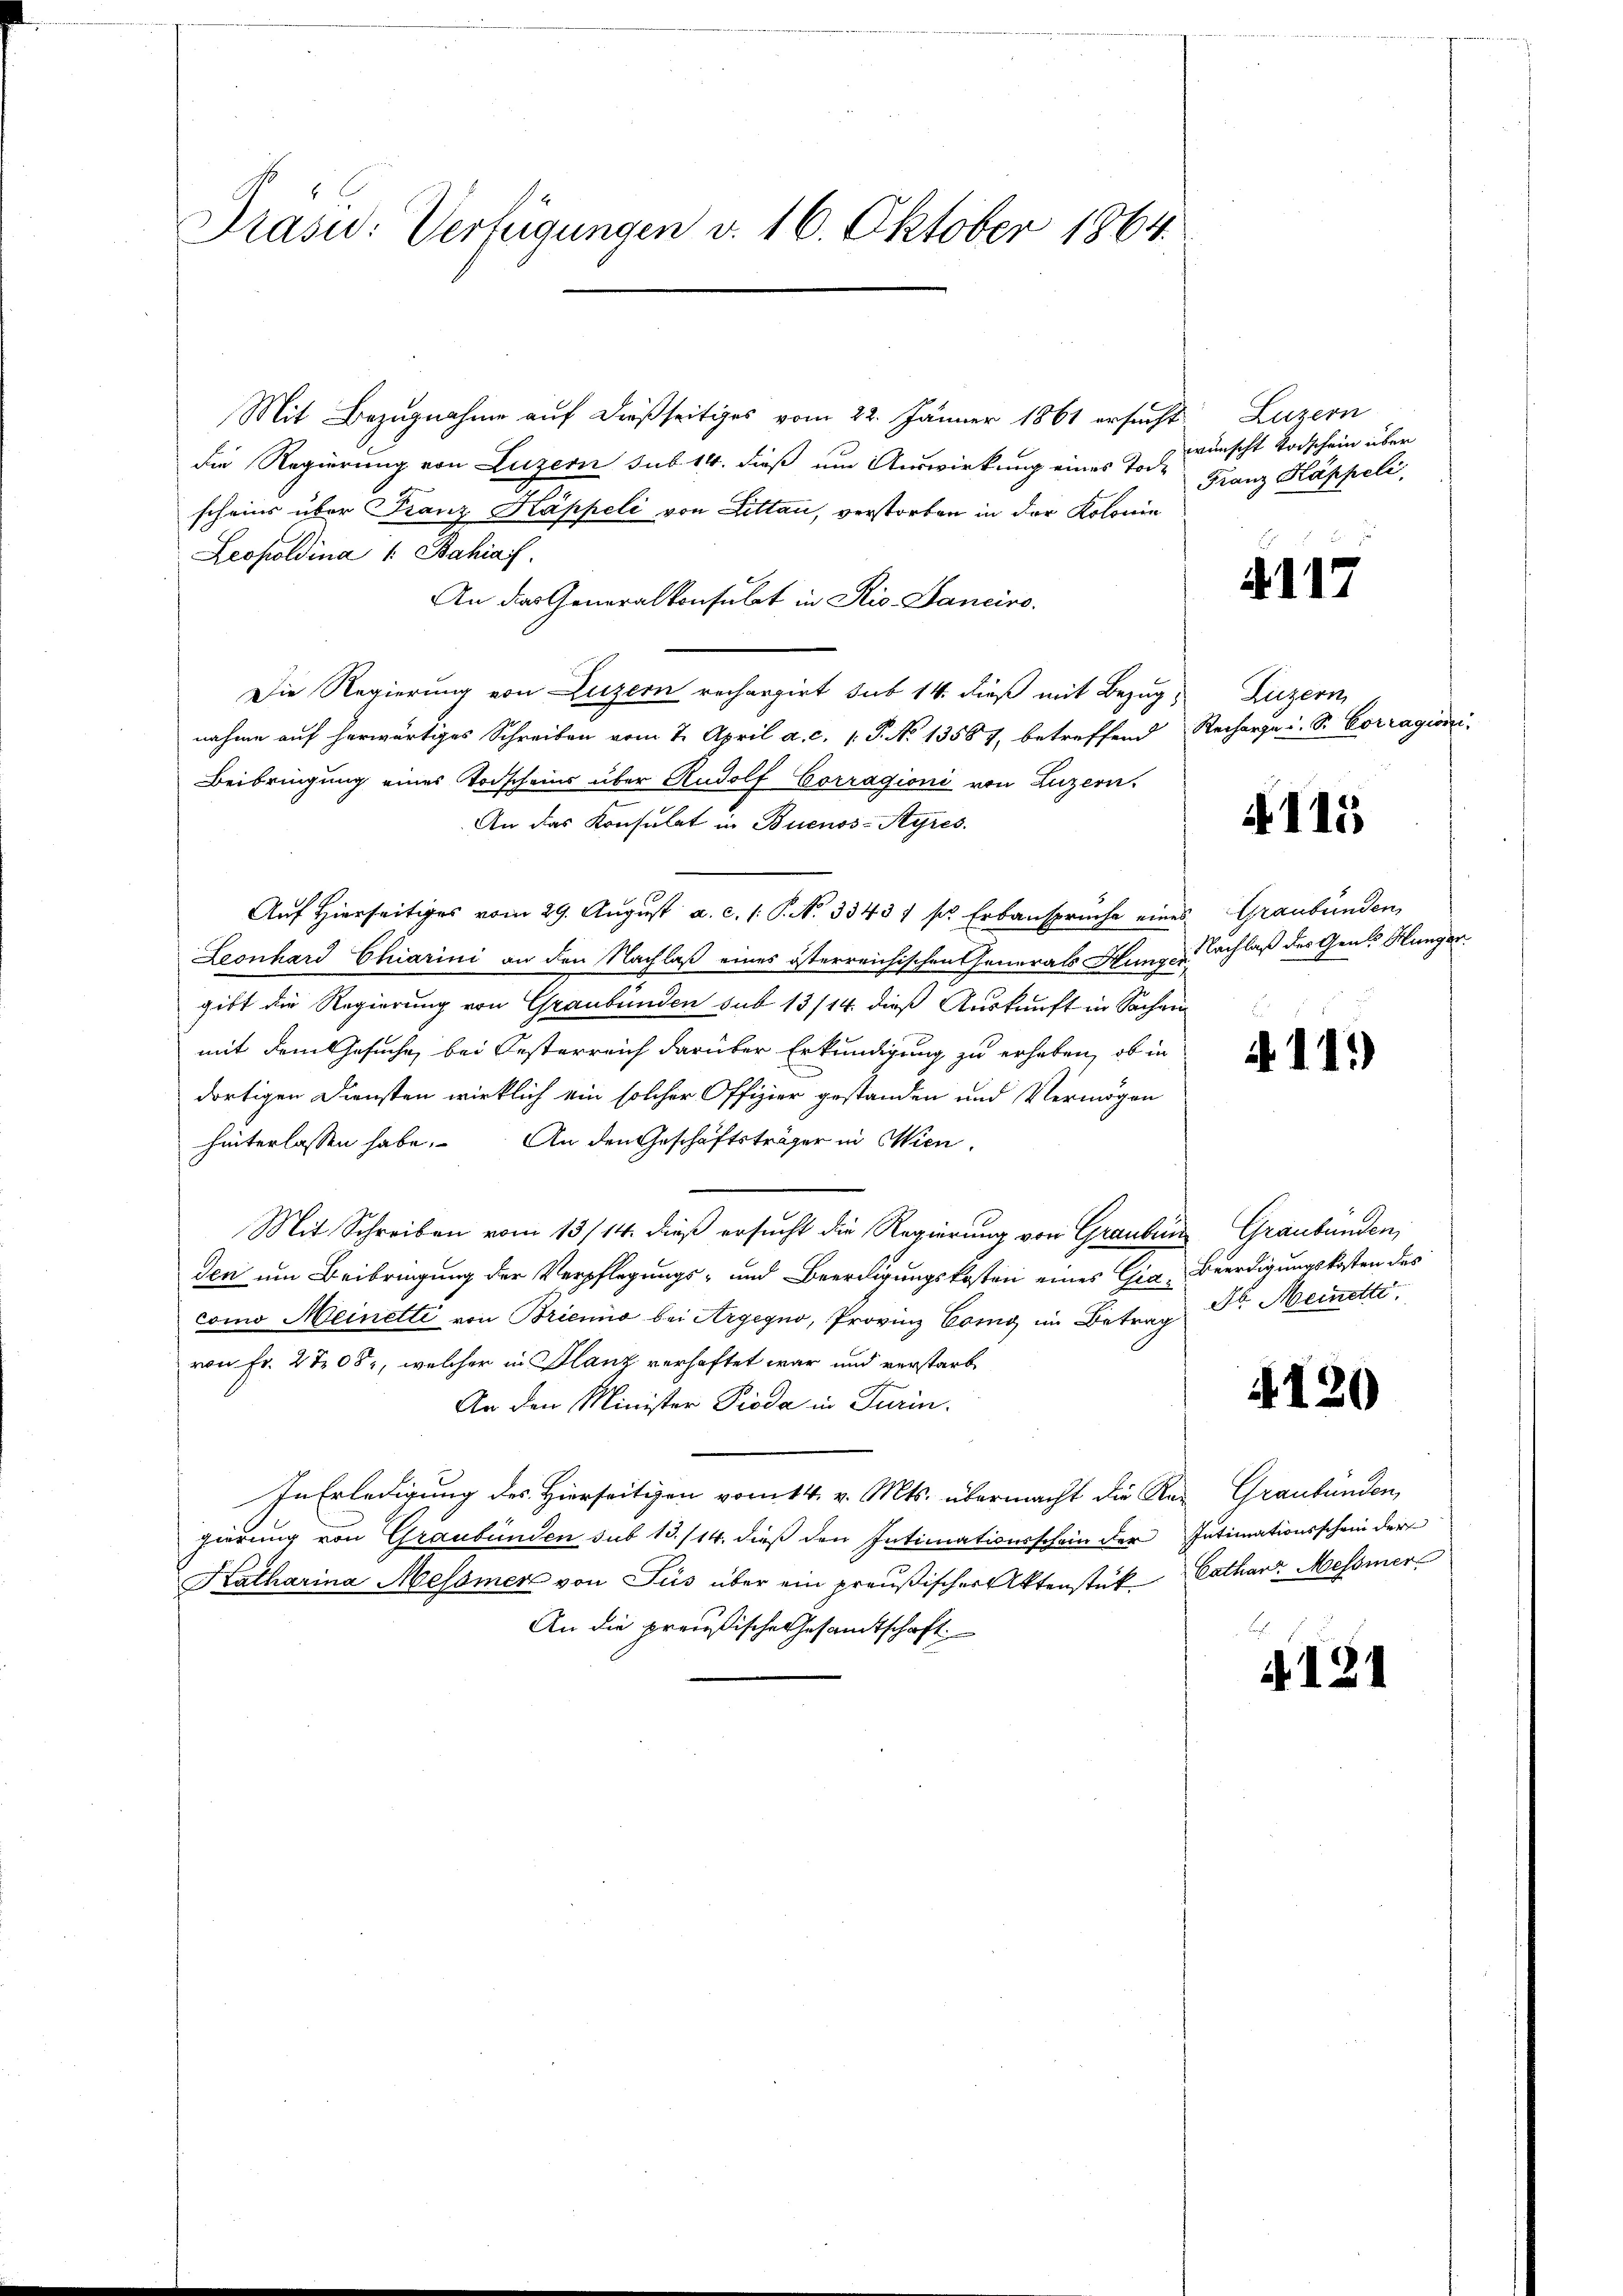
Prasi: Verfügungen v. 16. Oktober 1864.

Mit Bezugnahme auf dießseitiges vom 22. Jänner 1861 ersucht
die Regierung von Luzern sub 14. dieß um Auswirkung eines Tode
scheins über Franz Kappeli von Littau, verstorben in der Kolonie
Leopoldina 1 Bahia f
An das Generalkonsulat in Rio. Danciro.
Die Regierung von Luzern rechargirt sub 14. dieß mit Bezug Luzern,
nahme auf herwärtiges Schreiben vom 7. April a. c. 1 S. No 13587, betreffend Recharge u. S. Corragioni
Beibringung eines Todscheins über Rudolf Corragioni von Luzern.
An das Konsulat in Buenos-Ayres
Auf Hierseitiges vom 29. August a. c. s. S. No 3343 f pr. Erbanspruche eines Graubünden,
Leonhard Chiarini an den Nachlaß eines österreichischen Generals Hungeachlaß der Genes Hungar.
gibt die Regierung von Graubünden sub 13/14. dieß Auskunft in Sachen
mit dem Gesuche, bei Oesterreich darüber Erkundigung zu erhaben, ob in
dortigen Diensten wirklich ein solcher Offizier gestanden und Vermögen
hinterlassen habe. An den Geschäftsträger in Wien,
Mit Schreiben vom 13/14. dieß ersucht die Regierung von Graubün
den um Beibringung der Verpflegungs- und Beerdigungskosten eines Gia Beerdigungskosten des
como Meinetti von Brienio bei Argegno, Provinz Como im Betrag Dr. Meinetti,
von Fr. 2 705, welcher in Glanz verhaftet war und verstarb
An den Minister Pioda in Turin.
In Erledigung des Hierseitigen vom 14. v. Mts. übermacht die Rat Graubünden,
gierung von Graubünden sub 13./14. dieß den Intimationsschein der Intimationsschein der
Katharina Messner von Jus über ein preußischer Aktenstük Cathar. Messner
An die preußische Gesandtschaft

Luzern
wünscht Todschein über
Franz Kappeli,

4117

4115

4113)

Graubünden,

4120

A. 121